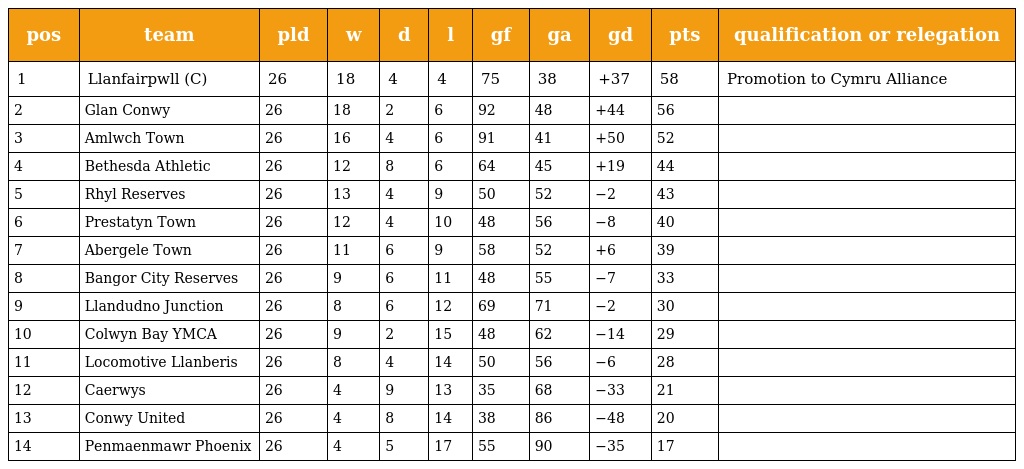
| pos | team | pld | w | d | l | gf | ga | gd | pts | qualification or relegation |
 | --- | --- | --- | --- | --- | --- | --- | --- | --- | --- | --- |
 | 1 | Llanfairpwll (C) | 26 | 18 | 4 | 4 | 75 | 38 | +37 | 58 | Promotion to Cymru Alliance |
 | 2 | Glan Conwy | 26 | 18 | 2 | 6 | 92 | 48 | +44 | 56 |  |
 | 3 | Amlwch Town | 26 | 16 | 4 | 6 | 91 | 41 | +50 | 52 |  |
 | 4 | Bethesda Athletic | 26 | 12 | 8 | 6 | 64 | 45 | +19 | 44 |  |
 | 5 | Rhyl Reserves | 26 | 13 | 4 | 9 | 50 | 52 | −2 | 43 |  |
 | 6 | Prestatyn Town | 26 | 12 | 4 | 10 | 48 | 56 | −8 | 40 |  |
 | 7 | Abergele Town | 26 | 11 | 6 | 9 | 58 | 52 | +6 | 39 |  |
 | 8 | Bangor City Reserves | 26 | 9 | 6 | 11 | 48 | 55 | −7 | 33 |  |
 | 9 | Llandudno Junction | 26 | 8 | 6 | 12 | 69 | 71 | −2 | 30 |  |
 | 10 | Colwyn Bay YMCA | 26 | 9 | 2 | 15 | 48 | 62 | −14 | 29 |  |
 | 11 | Locomotive Llanberis | 26 | 8 | 4 | 14 | 50 | 56 | −6 | 28 |  |
 | 12 | Caerwys | 26 | 4 | 9 | 13 | 35 | 68 | −33 | 21 |  |
 | 13 | Conwy United | 26 | 4 | 8 | 14 | 38 | 86 | −48 | 20 |  |
 | 14 | Penmaenmawr Phoenix | 26 | 4 | 5 | 17 | 55 | 90 | −35 | 17 |  |